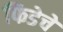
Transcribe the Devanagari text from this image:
फिडेचे